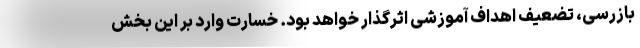
بازرسی، تضعیف اهداف آموزشی اثرگذار خواهد بود. خسارت وارد بر این بخش